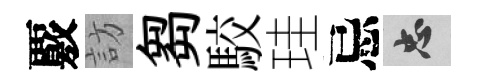
覈訪芻駮珪忌忠